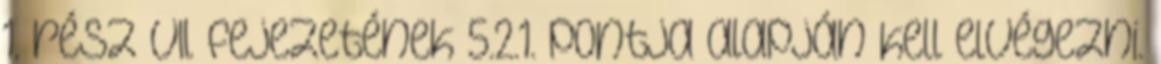
1. rész VII. fejezetének 5.2.1. pontja alapján kell elvégezni.